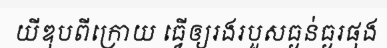
យីឌុបពីក្រោយ ធ្វើឲ្យរងរបួសធ្ងន់ធ្ងរផុង